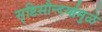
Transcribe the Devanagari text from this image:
सृष्टिसौन्दर्यामुळे